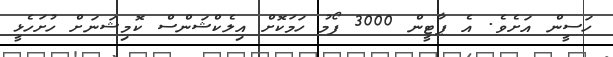
ހަސީން އަށެވެ. އެ ޕާޓީން 3000 ފޯމު ހަމަކޮށް އިލެކްޝަންސް ކޮމިޝަނަށް ހުށަހެޅީ